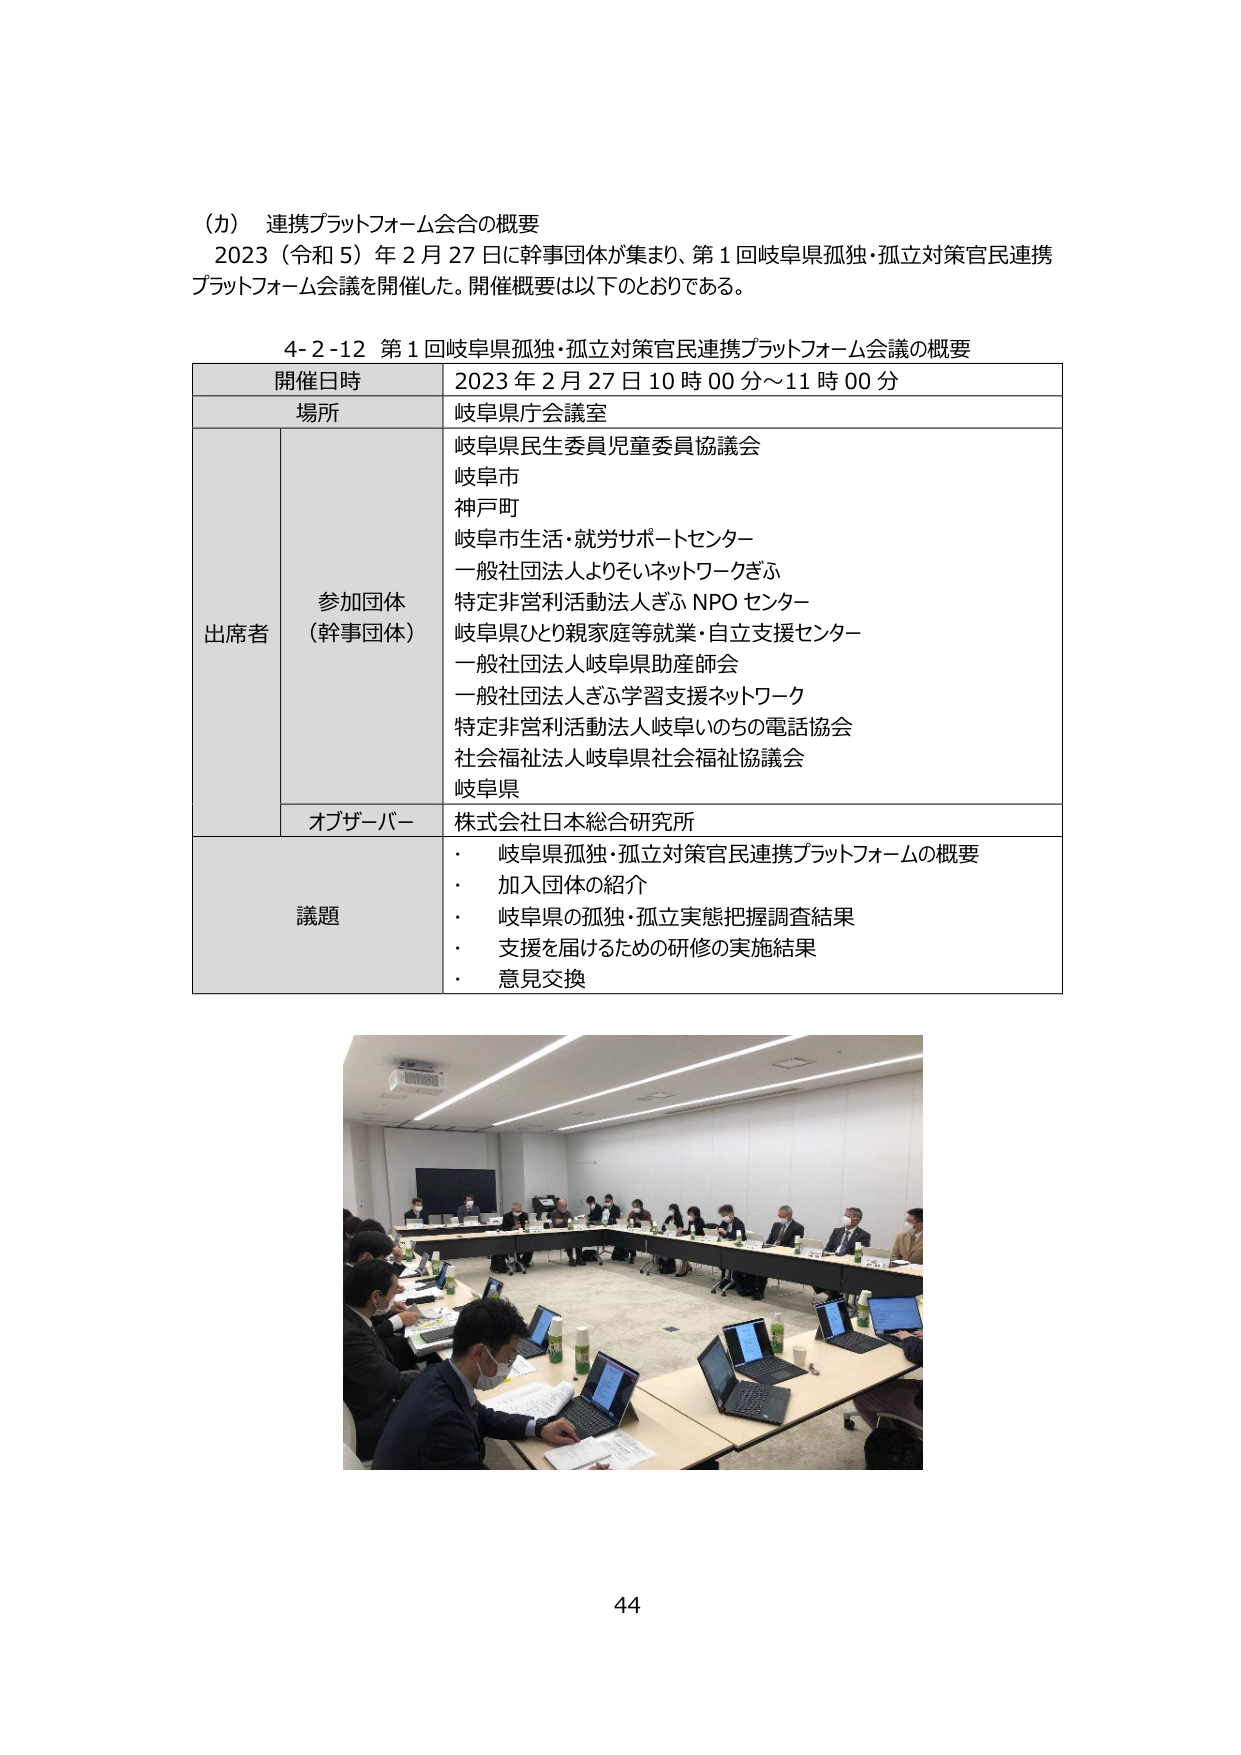
（カ） 連携プラットフォーム会合の概要
2023（令和5）年2月27日に幹事団体が集まり、第1回岐阜県孤独・孤立対策官民連携プラットフォーム会議を開催した。開催概要は以下のとおりである。

4-2-12 第1回岐阜県孤独・孤立対策官民連携プラットフォーム会議の概要

| 開催日時 | 2023年2月27日10時00分～11時00分 |
|----------|----------------------------------|
| 場所     | 岐阜県庁会議室                   |
| 出席者   | 参加団体（幹事団体）             |
|          | 岐阜県民生委員児童委員協議会     |
|          | 岐阜市                           |
|          | 神戸町                           |
|          | 岐阜市生活・就労サポートセンター |
|          | 一般社団法人よりそいネットワークぎふ |
|          | 特定非営利活動法人ぎふNPOセンター |
|          | 岐阜県ひとり親家庭等就業・自立支援センター |
|          | 一般社団法人岐阜県助産師会       |
|          | 一般社団法人ぎふ学習支援ネットワーク |
|          | 特定非営利活動法人岐阜いのちの電話協会 |
|          | 社会福祉法人岐阜県社会福祉協議会 |
|          | 岐阜県                           |
|          | オブザーバー                     |
|          | 株式会社日本総合研究所           |
| 議題     | ・ 岐阜県孤独・孤立対策官民連携プラットフォームの概要 |
|          | ・ 加入団体の紹介                 |
|          | ・ 岐阜県の孤独・孤立実態把握調査結果 |
|          | ・ 支援を届けるための研修の実施結果 |
|          | ・ 意見交換                       |

44